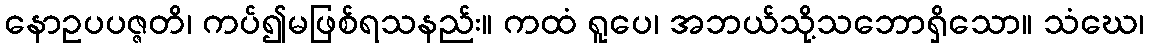
နောဥပပဇ္ဇတိ၊ ကပ်၍မဖြစ်ရသနည်း။ ကထံ ရူပေ၊ အဘယ်သို့သဘောရှိသော။ သံဃေ၊